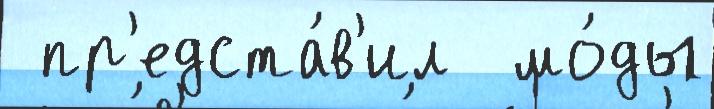
 пр'едста́в'ил  мо́ды